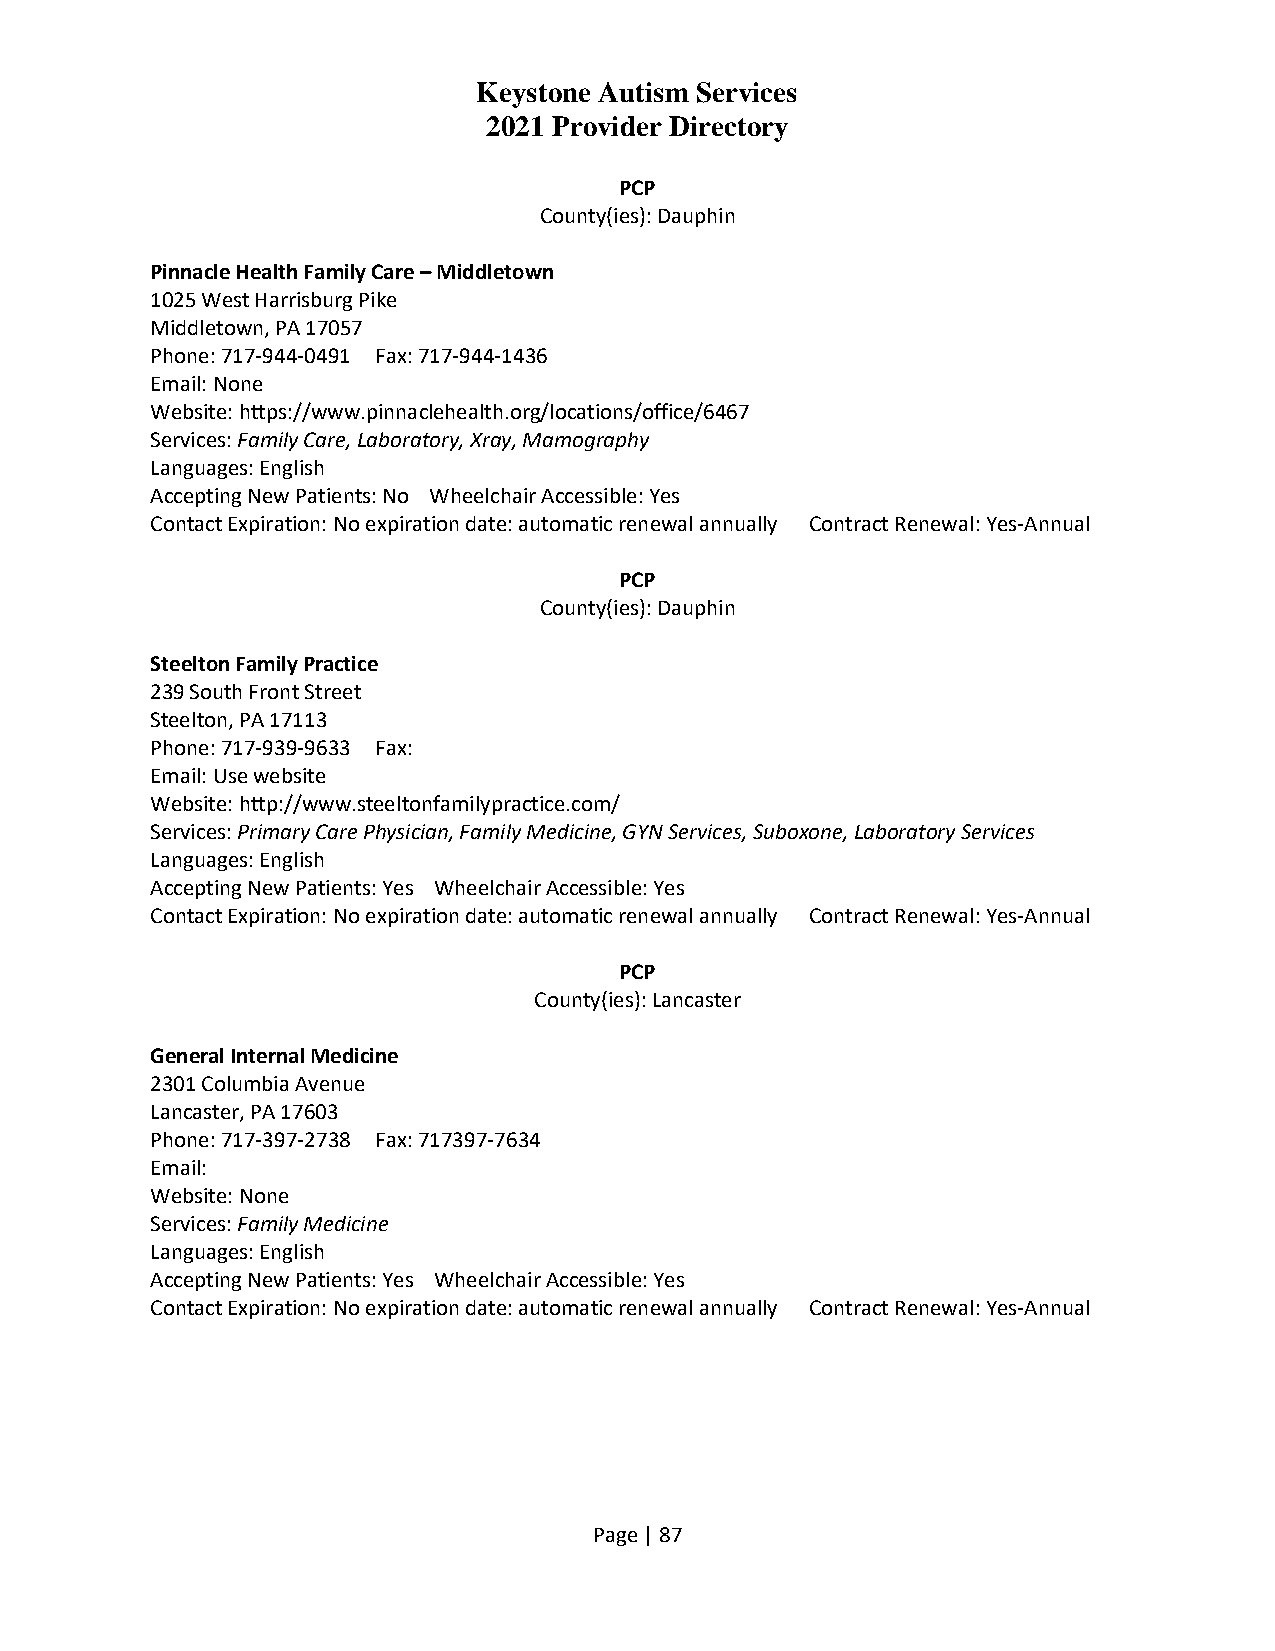
Keystone Autism Services
 2021 Provider Directory
 PCP
 County(ies): Dauphin
 Pinnacle Health Family Care – Middletown
 1025 West Harrisburg Pike
 Middletown, PA 17057
 Phone: 717-944-0491 Fax: 717-944-1436
 Email: None
 Website: https://www.pinnaclehealth.org/locations/office/6467
 Services: Family Care, Laboratory, Xray, Mamography
 Languages: English
 Accepting New Patients: No Wheelchair Accessible: Yes
 Contact Expiration: No expiration date: automatic renewal annually Contract Renewal: Yes-Annual
 PCP
 County(ies): Dauphin
 Steelton Family Practice
 239 South Front Street
 Steelton, PA 17113
 Phone: 717-939-9633 Fax:
 Email: Use website
 Website: http://www.steeltonfamilypractice.com/
 Services: Primary Care Physician, Family Medicine, GYN Services, Suboxone, Laboratory Services
 Languages: English
 Accepting New Patients: Yes Wheelchair Accessible: Yes
 Contact Expiration: No expiration date: automatic renewal annually Contract Renewal: Yes-Annual
 PCP
 County(ies): Lancaster
 General Internal Medicine
 2301 Columbia Avenue
 Lancaster, PA 17603
 Phone: 717-397-2738 Fax: 717397-7634
 Email:
 Website: None
 Services: Family Medicine
 Languages: English
 Accepting New Patients: Yes Wheelchair Accessible: Yes
 Contact Expiration: No expiration date: automatic renewal annually Contract Renewal: Yes-Annual
 Page | 87